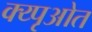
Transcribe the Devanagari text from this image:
क्य्पृओत